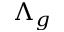
\Lambda _ { g }